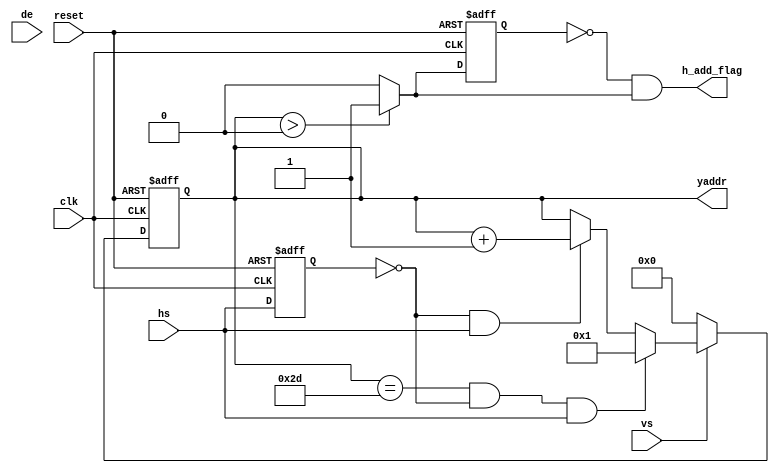
module detect(
    input             clk       ,
    input             reset     ,
    input             vs        , // 
    input             hs        , // 
    input             de        , // 
    output            h_add_flag ,
    output   reg  [11:0]     yaddr
);
// wire define
wire        data_valid_pluse;
wire        start;
wire        start_pluse;
// reg define
reg         hs_reg;
reg         start_reg;


// // xaddr ()
// always@(posedge clk or posedge reset)begin
//     if(reset)
//         xaddr <= 14'd0;
//     // dexaddr
//     else if(de)
//         xaddr <= xaddr + 1'b1;
//     else
//         xaddr <= 14'd0;
// end

//  hs 
always@(posedge clk or posedge reset)begin
    if(reset)
        hs_reg <= 1'b0;
    else
        hs_reg <= hs;
end

// yaddr
always@(posedge clk or posedge reset)begin
    if(reset)
        yaddr <= 11'd0;
    // vs 0 yaddr 
    else if(~vs)    
        yaddr <= 11'd0;
    // yaddr
    else if(yaddr == 11'd45&&~hs_reg && hs)
        yaddr <= 1'b1;
    else if(~hs_reg && hs)
        yaddr <= yaddr + 1'b1;
    else
        yaddr <= yaddr;
end


assign start = (yaddr > 0) ? 1'b1 : 1'b0;

always@(posedge clk or posedge reset)begin
    if(reset)
        start_reg <= 1'b0;
    else
        start_reg <= start;
end

// 
assign h_add_flag = ~start_reg && start;

endmodule